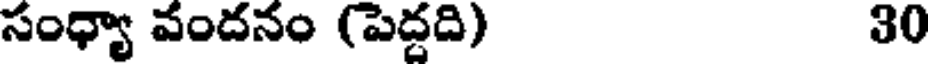
సంధ్యా వందనం (పెద్దది) 30